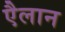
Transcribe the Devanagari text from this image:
एैलान